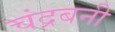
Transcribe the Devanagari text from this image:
चंद्रबनी